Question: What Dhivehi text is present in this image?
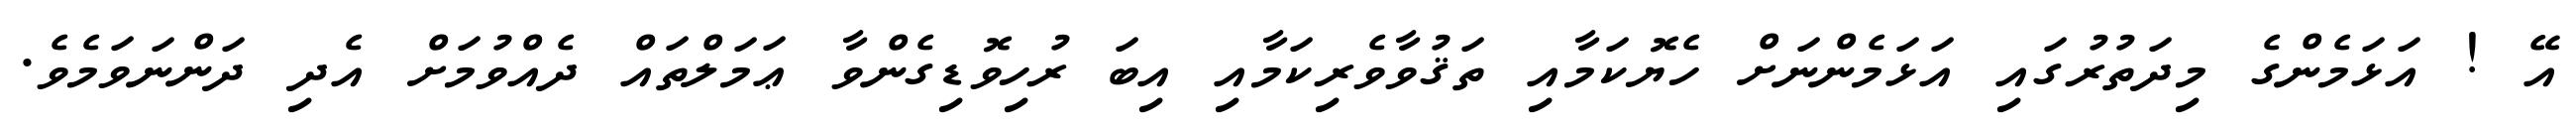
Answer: އޭ ! އަޅަމެންގެ މިދަތުރުގައި އަޅަމެންނަށް ހެޔޮކަމާއި ތަޤުވާވެރިކަމާއި އިބަ ރުހިވޮޑިގެންވާ ޢަމަލްތައް ދެއްވުމަށް އެދި ދަންނަވަމެވެ.